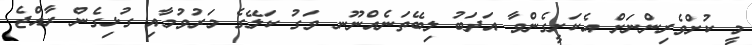
މީ ކުށްވެރިންނަށް އެކަށީގެންވާ އަދަބު ލިބޭތަނެެއްނޫނ ވަގު ކަލޭގެ މަރުވުމާއި ގުޅިގެން ރާއްޖެ